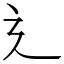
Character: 辶